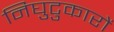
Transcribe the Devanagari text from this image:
निघुटुकारों